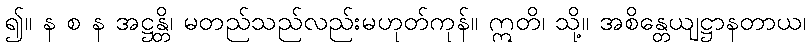
၍။ န စ န အဋ္ဌန္တိ၊ မတည်သည်လည်းမဟုတ်ကုန်။ ဣတိ၊ သို့။ အစိန္တေယျဋ္ဌာနတာယ၊